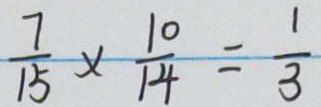
\frac { 7 } { 1 5 } \times \frac { 1 0 } { 1 4 } = \frac { 1 } { 3 }